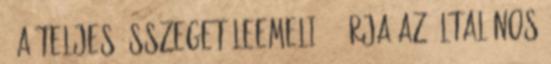
- a teljes összeget leemeli" - írja az általános